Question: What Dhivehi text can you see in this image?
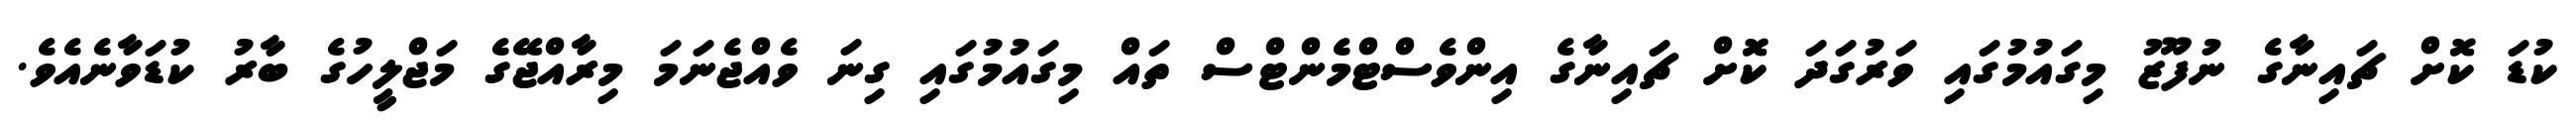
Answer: ކުޑަ ކޮށް ޗައިނާގެ ނުފޫޒު މިގައުމުގައި ވަރުގަދަ ކޮށް ޗައިނާގެ އިންވެސްޓްމެންޓްސް ތައް މިގައުމުގައި ގިނަ ވެއްޖެނަމަ މިރާއްޖޭގެ މަޖްލީހުގެ ބާރު ކުޑަވާނެއެވެ.